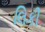
લિકી